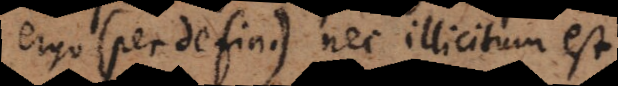
ergo (per defin.) nec illicitum est